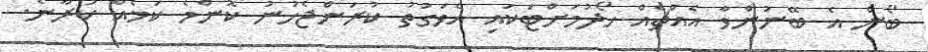
ބޯން އެ ބޭނުންވާ އެއްޗެއް ހޯދުމަށްޓަކައި އެވަގުތު ކުރަންޖެހުނު ކޮންމެ ކަމެއް ކުރާނެ.